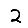
Digit: 2